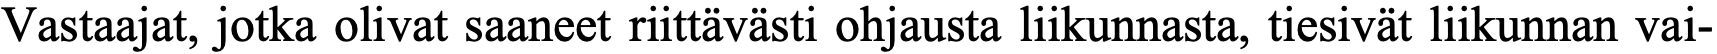
Vastaajat, jotka olivat saaneet riittävästi ohjausta liikunnasta, tiesivät liikunnan vai-